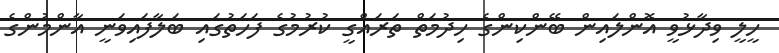
ހީލީ ވިދާޅުވީ އޮންލައިން ބޭންކިންގެ ހިދުމަތް ތަރައްގީ ކުރުމުގެ ފަހަތުގައި ބަލާފައިވަނީ އާންމުންގެ